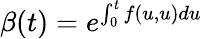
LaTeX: \beta(t)=e^{\int_{0}^{t}f(u,u)du}